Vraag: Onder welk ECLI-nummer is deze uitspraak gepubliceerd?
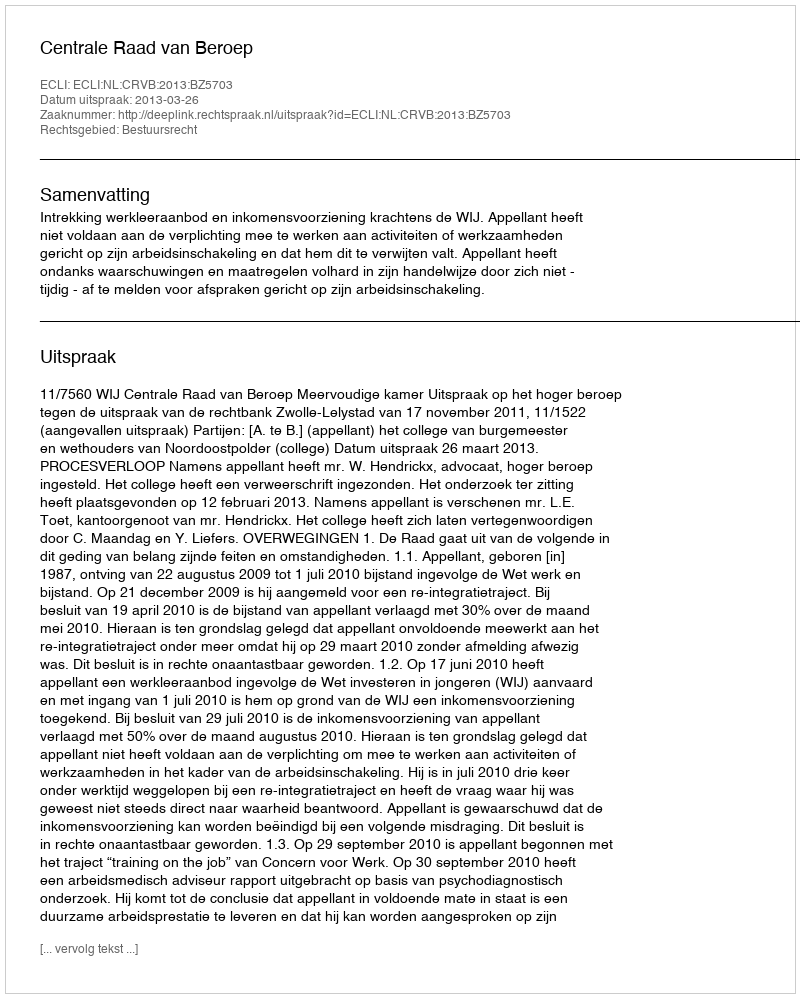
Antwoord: ECLI:NL:CRVB:2013:BZ5703